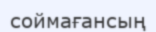
соймағансың